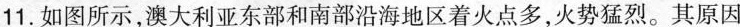
11.如图所示，澳大利亚东部和南部沿海地区着火点多，火势猛烈。其原因